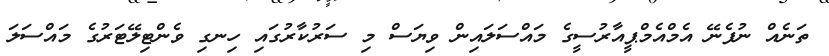
ތަނެއް ނުފެނޭ އެމްއެމްޕީއާރުސީގެ މައްސަލައިން ވިޔަސް މި ސަރުކާރުގައި ހިނގި ވެންޓިލޭޓަރުގެ މައްސަލަ